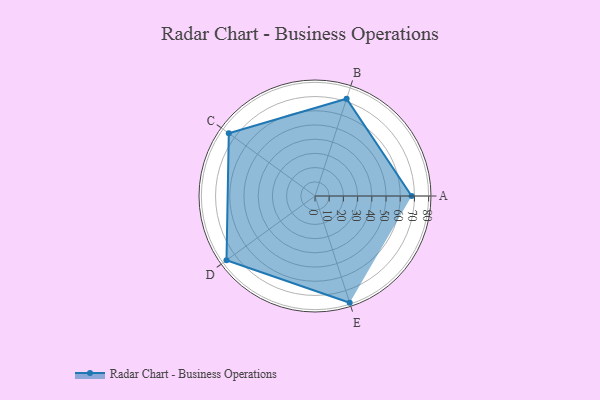
{"axis": {"x": "Skill", "y": "Score"}, "legend": ["Profile"], "data": [{"x": "A", "y": 68.0, "type": "Profile"}, {"x": "B", "y": 72.0, "type": "Profile"}, {"x": "C", "y": 75.0, "type": "Profile"}, {"x": "D", "y": 77.0, "type": "Profile"}, {"x": "E", "y": 79.0, "type": "Profile"}]}